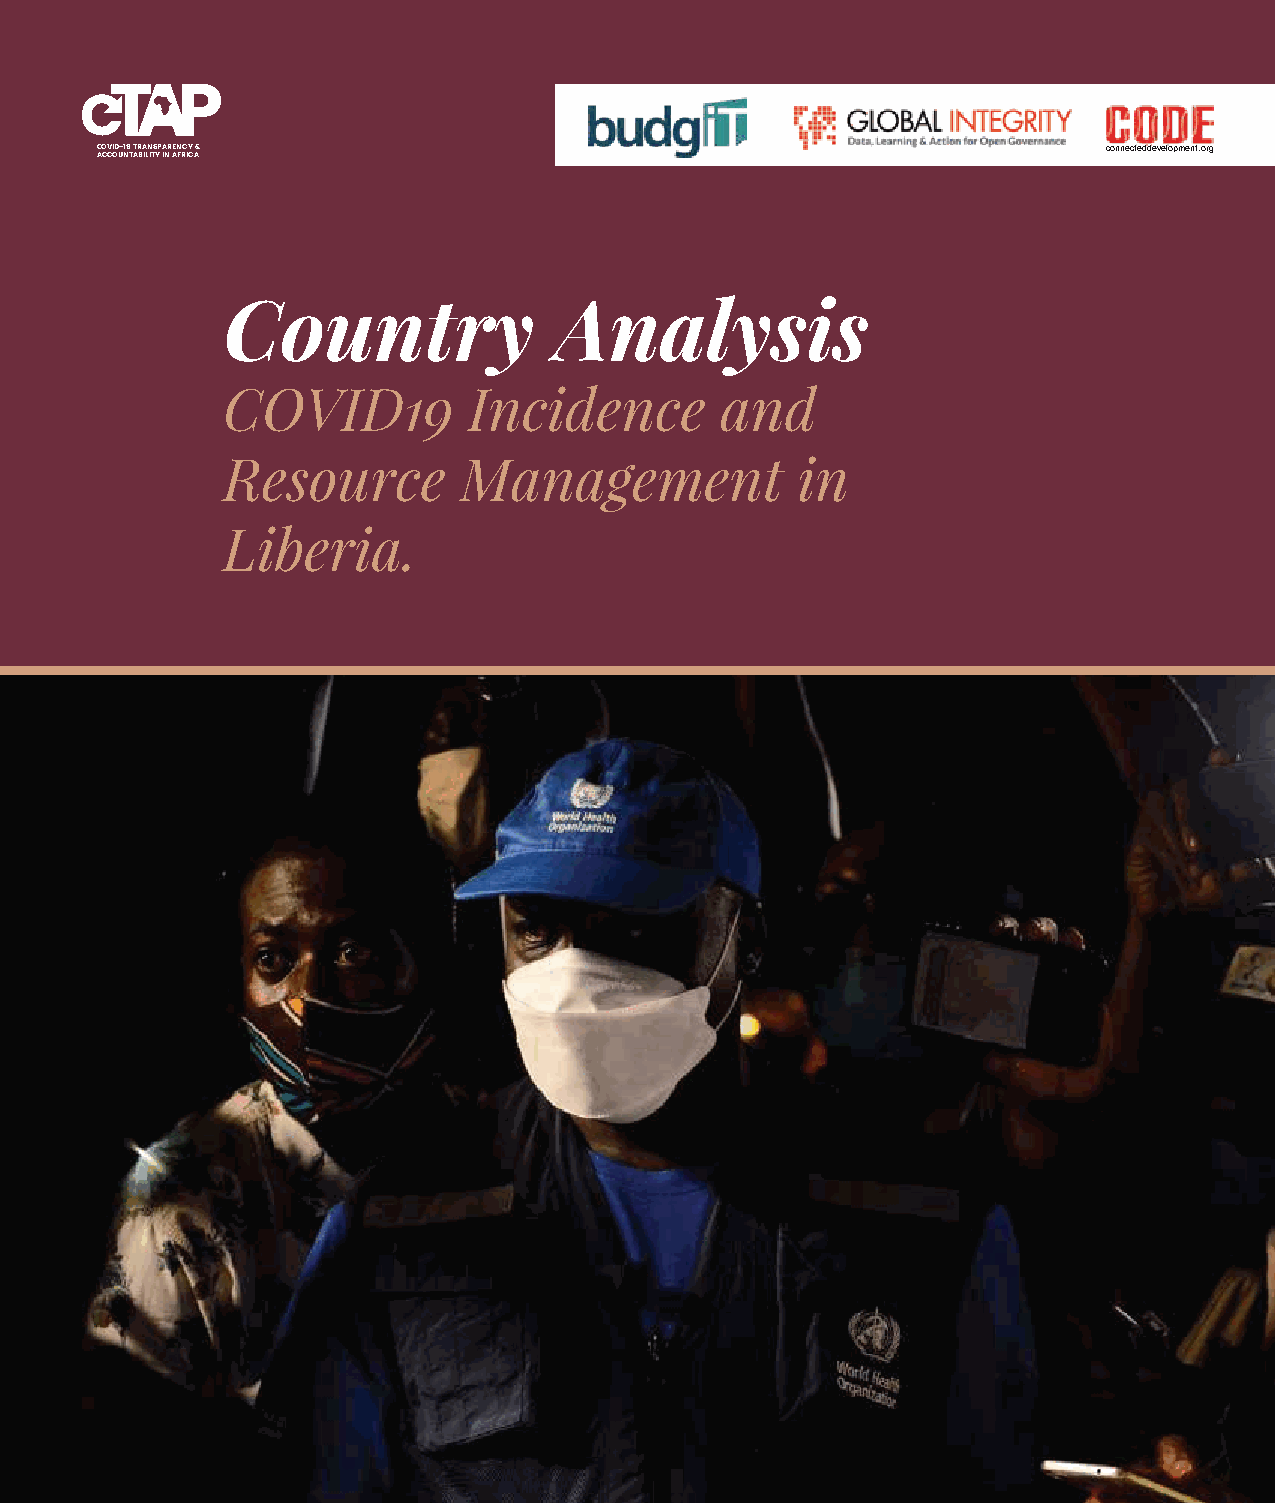
COVID-19 TRANSPARENCY &                                            connecteddevelopment.org
 ACCOUNTABILITY IN AFRICA
 Country               Analysis
 COVID19         Incidence        and
 Resource       Management             in
 Liberia.